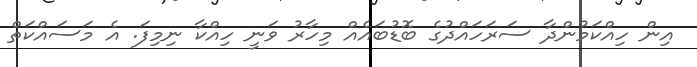
އިން ހިއްކަމުންދާ ސަރަހައްދުގެ ބޮޑުބައެއް މިހާރު ވަނީ ހިއްކާ ނިމިފަ. އެ މަސައްކަތް